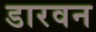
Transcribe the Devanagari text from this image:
डारवन